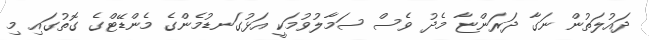
ދައުލަތުން ނަގާ ދަރަންޏާ މެދު ވެސް ސަމާލުވުމަކީ އަޅުގަނޑުމެންގެ މެންޑޭޓްގެ ގޮތުގައި މި